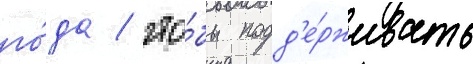
го́да / что́бы подд'е́рживать